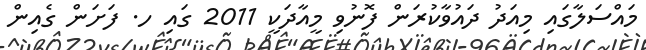
މައްސަލާގައި މިއަދު ދައުވާކުރަން ފޮނުވި މީއާދަކީ 2011 ގައި ހ. ފަށަން ގެއިން